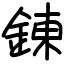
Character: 錬